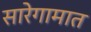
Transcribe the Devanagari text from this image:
सारेगामात